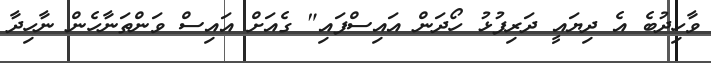
ވާހިދުބެ އެ ދިޔައީ ދަރިފުޅު ހޯދަން އައިސްފައި" ގެއަށް އައިސް ވަންތަނާހެން ނާހިދާ